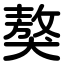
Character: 獒